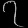
Digit: ၇